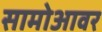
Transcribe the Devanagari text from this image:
सामोआवर